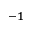
^ { - 1 }